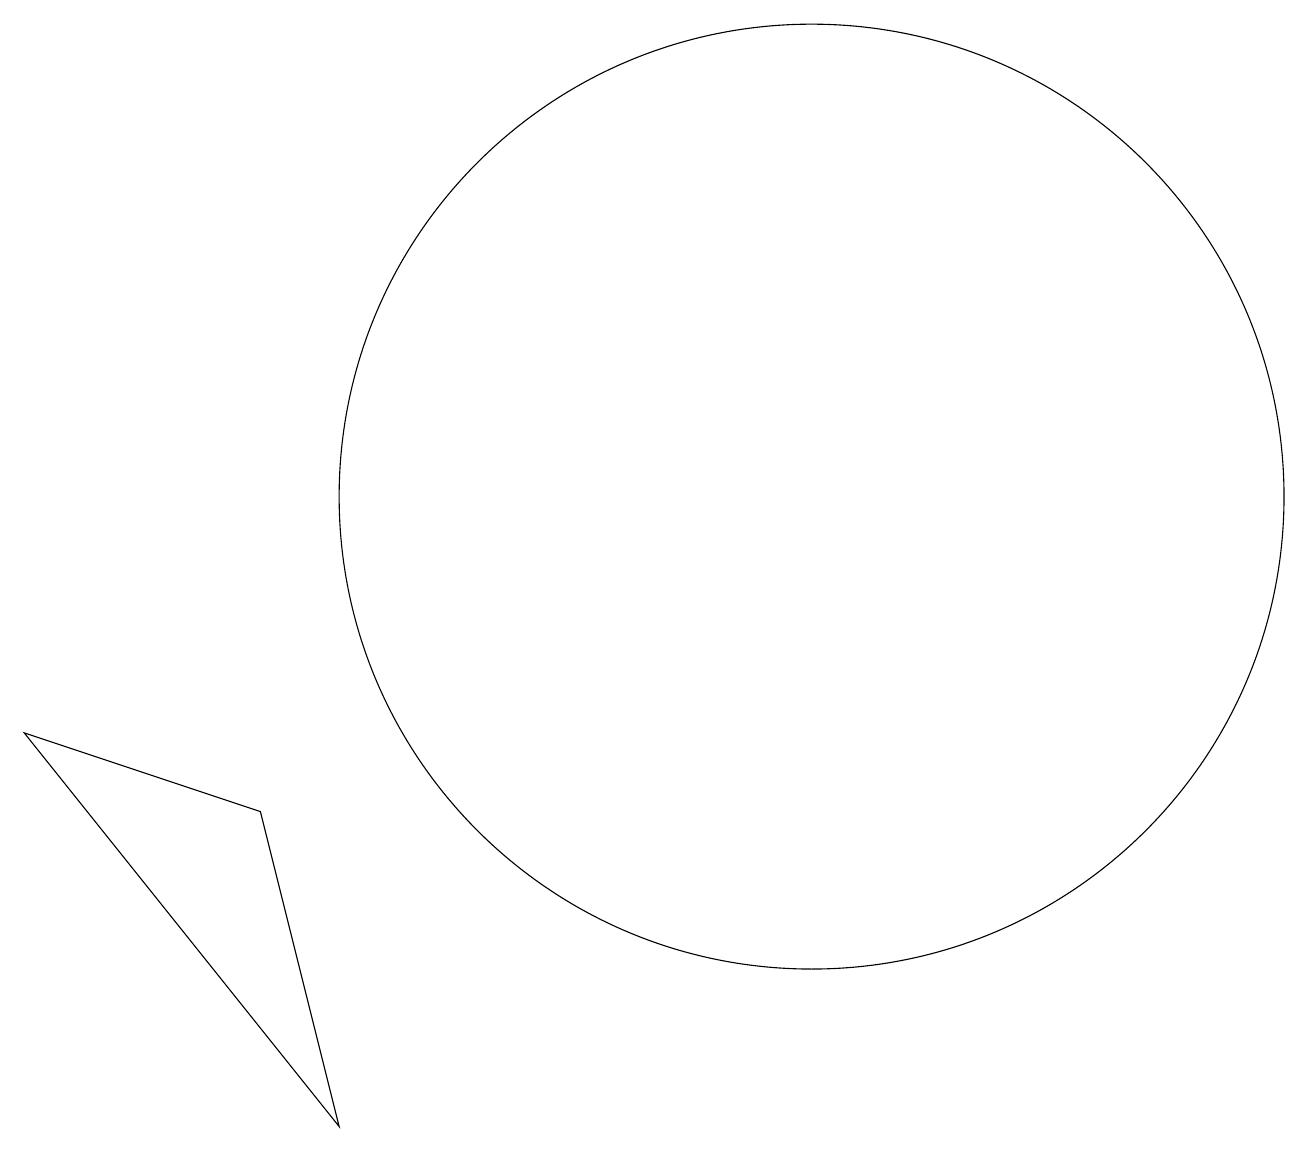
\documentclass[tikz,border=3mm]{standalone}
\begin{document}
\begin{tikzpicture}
\draw (11,10) circle (6);
\draw (3,14) rectangle (3,14);
\draw (4,6) -- (5,2) -- (1,7) -- cycle;
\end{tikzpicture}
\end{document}